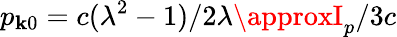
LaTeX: p_{\mathbf{k}0}=c(\lambda^{2}-1)/2\lambda\approxI_{p}/3c